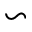
\backsim